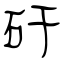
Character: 矸